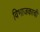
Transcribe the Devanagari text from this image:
विभाजकाची